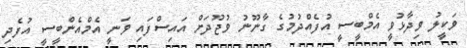
ވަކީލު ވިދާޅުވީ އެމްބީސީ އުފެއްދުމުގެ ގާނޫނު ވުޖޫދަށް އައިސްފައި ވަނީ އެމްއެންބީސީ އުފެދި